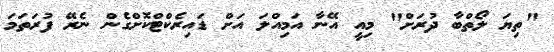
"ތިޔަ ލޯތްބާ ދުރަށް" މިއީ އޭނާ އަމިއްލަ އަށް ޑައިރެކްޓްކޮށްގެން ނެރޭ ފުރަތަމަ